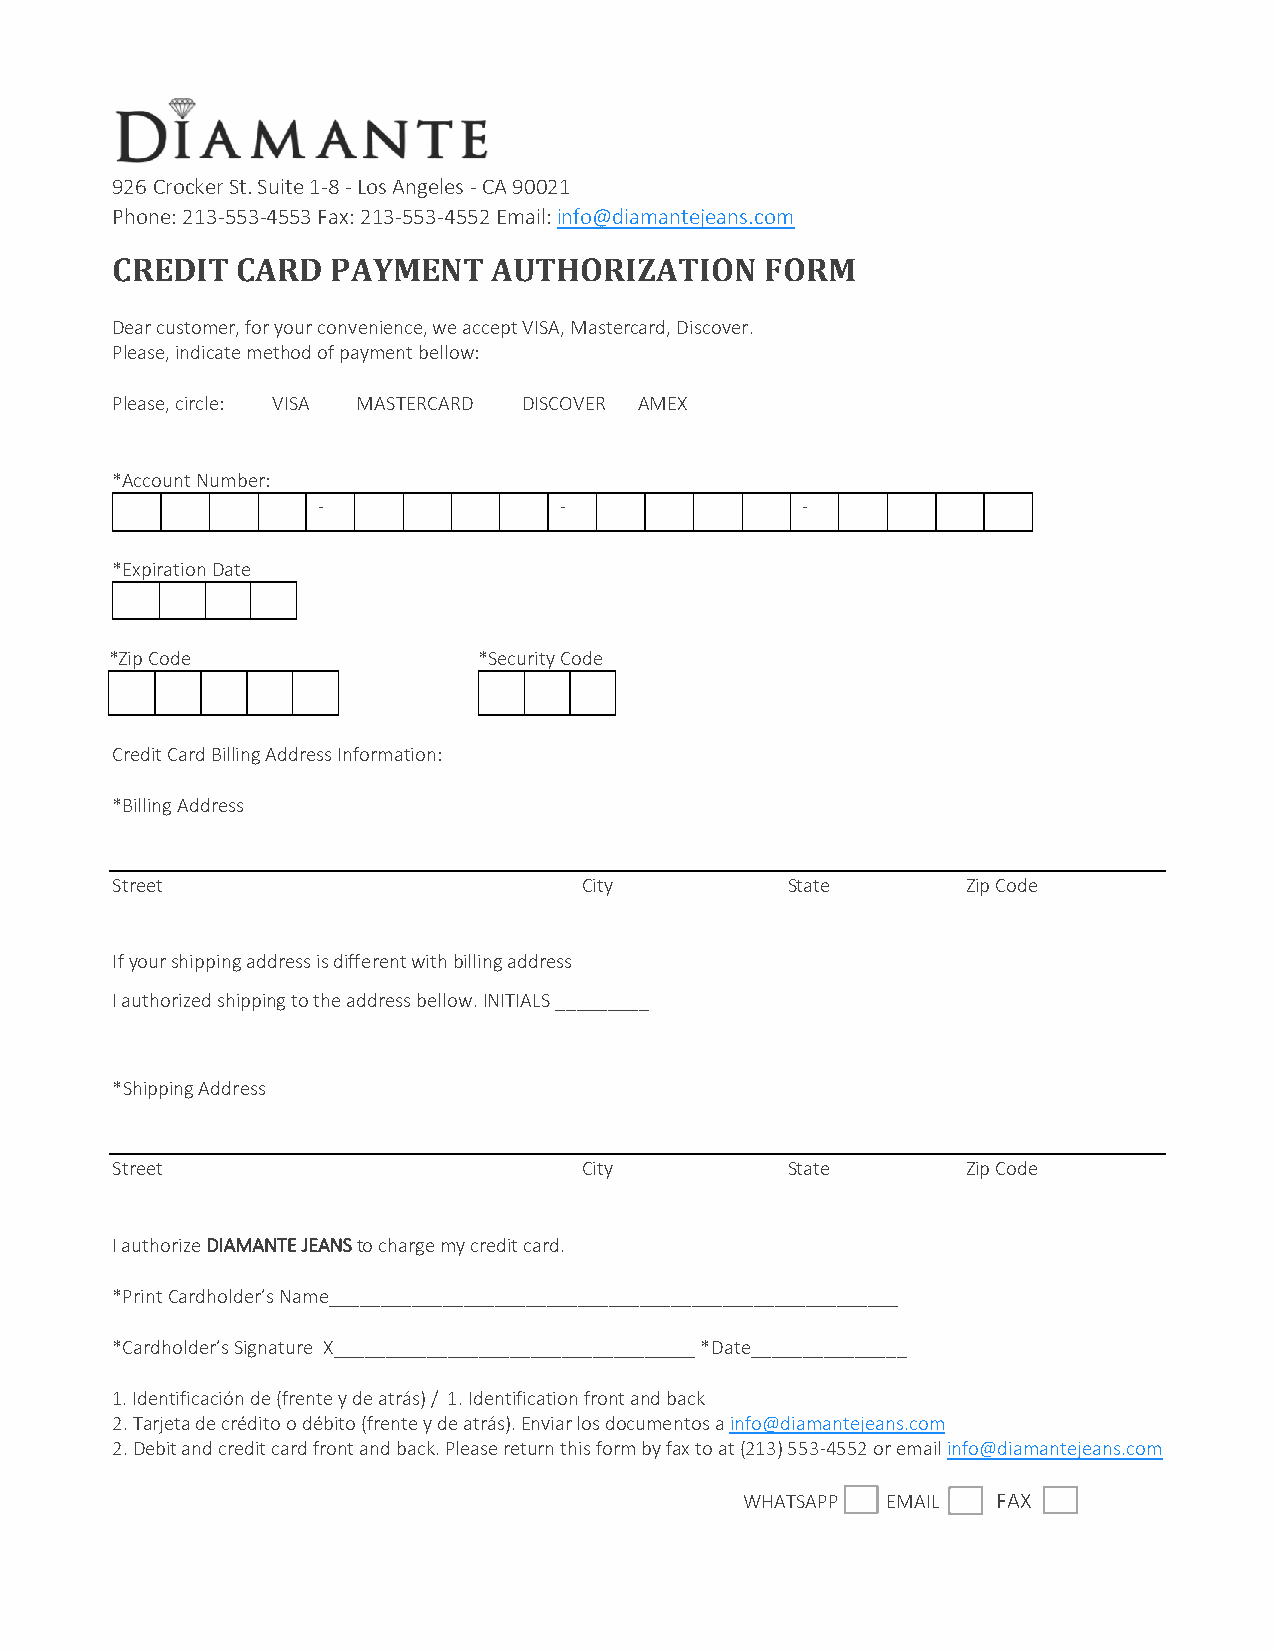
926 Crocker St. Suite 1-8 - Los Angeles - CA 90021
 Phone: 213-553-4553 Fax: 213-553-4552 Email: info@diamantejeans.com
 CREDIT   CARD  PAYMENT    AUTHORIZATION     FORM
 Dear customer, for your convenience, we accept VISA, Mastercard, Discover.
 Please, indicate method of payment bellow:
 Please, circle: VISA MASTERCARD DISCOVER AMEX
 *Account Number:
 -               -               -
 *Expiration Date
 *Zip Code                *Security Code
 Credit Card Billing Address Information:
 *Billing Address
 Street                          City         State       Zip Code
 If your shipping address is different with billing address
 I authorized shipping to the address bellow. INITIALS _________
 *Shipping Address
 Street                          City         State       Zip Code
 I authorize DIAMANTE JEANS to charge my credit card.
 *Print Cardholder’s Name_______________________________________________________
 *Cardholder’s Signature X___________________________________ *Date_______________
 1. Identificación de (frente y de atrás) / 1. Identification front and back
 2. Tarjeta de crédito o débito (frente y de atrás). Enviar los documentos a info@diamantejeans.com
 2. Debit and credit card front and back. Please return this form by fax to at (213) 553-4552 or email info@diamantejeans.com
 WHATSAPP  EMAIL  FAX